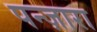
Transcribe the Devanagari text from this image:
पन्ज़ारा